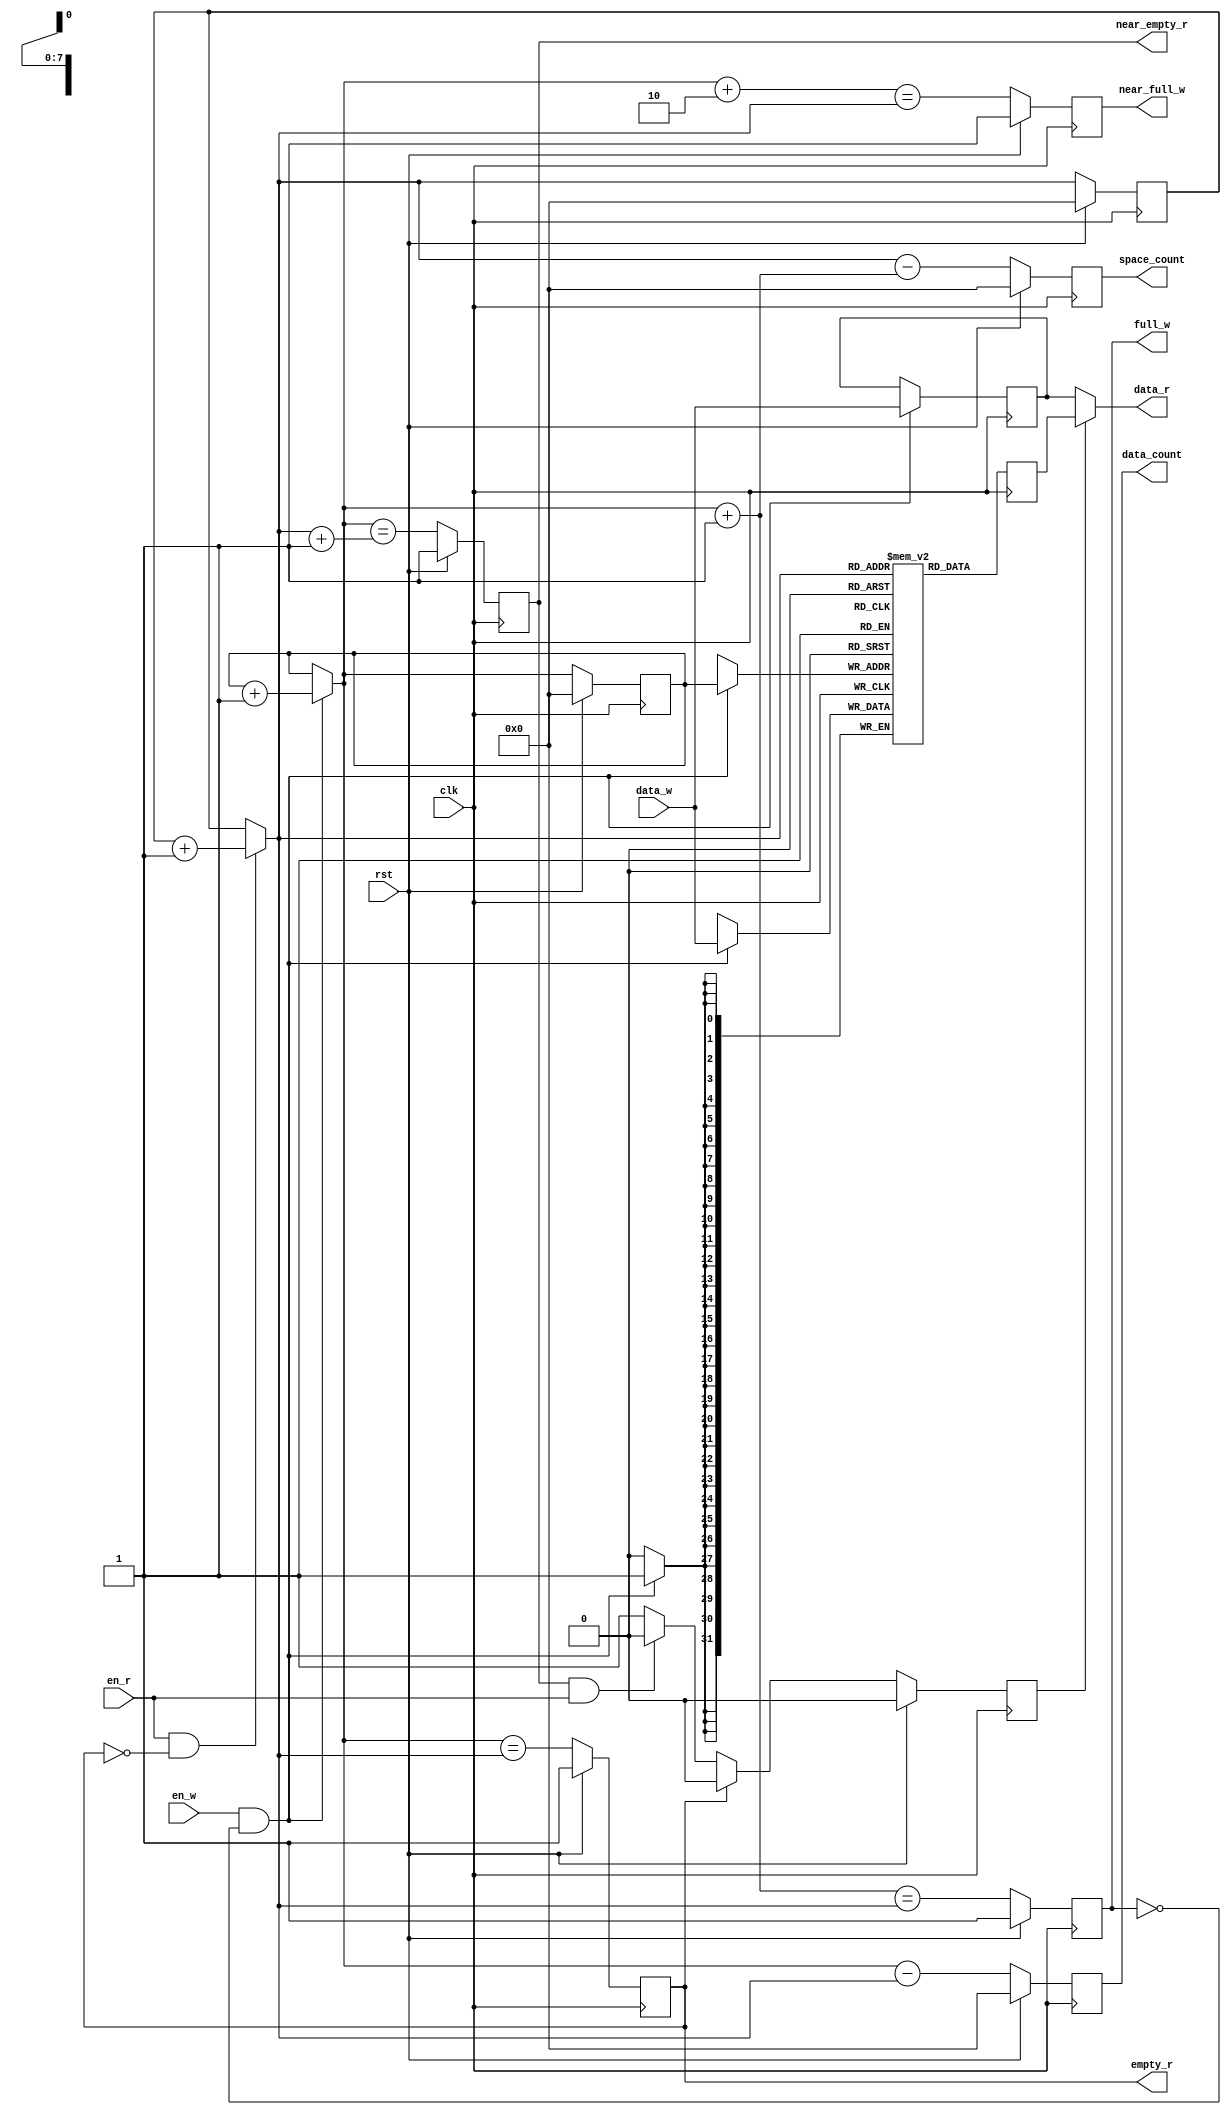
module fifo (
	input wire clk,  // main clock
	input wire rst,  // synchronous reset
	// data writing
	input wire en_w,  // write enable
	input wire [DATA_BITS-1:0] data_w,  // data to write
	output reg full_w = 1,  // full flag
	output reg near_full_w = 1,  // near full flag (only one space left)
	output reg [ADDR_BITS-1:0] space_count = 0,  // free space count
	// data reading
	input wire en_r,  // read enable
	output wire [DATA_BITS-1:0] data_r,  // data from read
	output reg empty_r = 1,  // empty flag
	output reg near_empty_r = 1,  // near empty flag (only one data left)
	output reg [ADDR_BITS-1:0] data_count = 0  // available data count
	);
	
	parameter
		DATA_BITS = 32,  // data length
		ADDR_BITS = 8;  // address length
	parameter
		DETECT_WEN_EDGE = 0,  // use positive edge detection for write enable signal, if used, will not support burst mode
		DETECT_REN_EDGE = 0;  // use positive edge detection for read enable signal, if used, will not support burst mode
	
	reg [DATA_BITS-1:0] data [0:(1<<ADDR_BITS)-1];
	reg [ADDR_BITS-1:0] ptr_w = 0, ptr_w_next;
	reg [ADDR_BITS-1:0] ptr_r = 0, ptr_r_next;
	
	wire wen, ren;
	reg wen_prev, ren_prev;
	
	reg [DATA_BITS-1:0] read_buf, write_buf;
	reg read_src;
	
	always @(posedge clk) begin
		if (rst) begin
			wen_prev <= 0;
			ren_prev <= 0;
		end
		else begin
			wen_prev <= en_w;
			ren_prev <= en_r;
		end
	end
	
	assign
		wen = DETECT_WEN_EDGE ? (~wen_prev & en_w) : en_w,
		ren = DETECT_REN_EDGE ? (~ren_prev & en_r) : en_r;
	
	always @(*) begin
		ptr_w_next = ptr_w;
		ptr_r_next = ptr_r;
		if (wen && ~full_w)
			ptr_w_next = ptr_w + 1'h1;
		if (ren && ~empty_r)
			ptr_r_next = ptr_r + 1'h1;
	end
	
	always @(posedge clk) begin
		if (rst) begin
			ptr_w <= 0;
			ptr_r <= 0;
			read_src <= 0;
		end
		else begin
			ptr_w <= ptr_w_next;
			ptr_r <= ptr_r_next;
			if (empty_r)
				read_src <= 0;
			else if (near_empty_r && ren)
				read_src <= 0;
			else
				read_src <= 1;
		end
	end
	
	always @(posedge clk) begin
		read_buf <= data[ptr_r_next];  // let data_r be available 1 cycle after ren utters, otherwise normal block RAM need 2 cycle
		if (wen && ~full_w) begin
			data[ptr_w] <= data_w;
			write_buf <= data_w;
		end
	end
	
	assign
		data_r = read_src ? read_buf : write_buf;  // data_r should be available immediately at the negative edge of empty_r
	
	always @(posedge clk) begin
		if (rst) begin
			full_w <= 1;
			near_full_w <= 1;
			empty_r <= 1;
			near_empty_r <= 1;
			space_count <= 0;
			data_count <= 0;
		end
		else begin
			full_w <= (ptr_w_next + 1'h1 == ptr_r_next);
			near_full_w <= (ptr_w_next + 2'h2 == ptr_r_next);
			empty_r <= (ptr_w_next == ptr_r_next);
			near_empty_r <= (ptr_w_next == ptr_r_next + 1'h1);
			space_count <= ptr_r_next - (ptr_w_next + 1'h1);
			data_count <= ptr_w_next - ptr_r_next;
		end
	end
	
endmodule